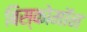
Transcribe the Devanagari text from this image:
बिस्कोमॉन